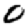
Digit: 0